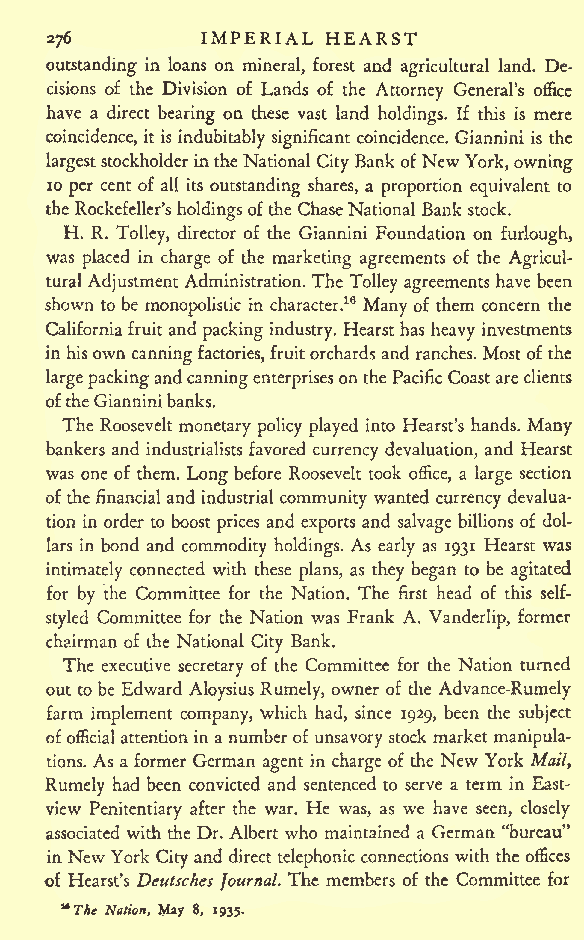
IMPERIAL HEARST
 276
 outstanding in loans on mineral, forest and agricultural land. De-
 cisions of the Division of Lands of the Attorney General's office
 have a direct bearing on these vast land holdings. If this is mere
 coincidence, it is indubitably significant coincidence. Giannini is the
 largeststockholderintheNational City BankofNew York,owning
 10 per cent of all its outstanding shares, a proportion equivalent to
 the Rockefeller'sholdingsofthe ChaseNational Bank stock.
 H. R. Tolley, director of the Giannini Foundation on furlough,
 was placed in charge of the marketing agreements of the Agricul-
 turalAdjustmentAdministration.The Tolley agreements have been
 shown to be monopolistic m character.16 Many of them concern the
 Californiafruit and packing industry. Hearst has heavy investments
 inhisown canningfactories, fruitorchards and ranches. Most of the
 largepackingandcanningenterprisesonthePacificCoastareclients
 oftheGianninibanks.
 The Roosevelt monetary policy played into Hearst's hands. Many
 bankers and industrialists favored currency devaluation, and Hearst
 was one of them. Long before Roosevelt took office, a large section
 ofthe financial and industrial community wanted currency devalua-
 tion in order to boost prices and exports and salvage billions of dol-
 lars in bond and commodity holdings. As early as 1931 Hearst was
 intimately connected with these plans, as they began to be agitated
 for by the Committee for the Nation. The first head of this self-
 styled Committee for the Nation was Frank A. Vanderlip, former
 chairman of the National City Bank.
 The executive secretary of the Committee for the Nation turned
 out to be Edward Aloysius Rumely, owner of the Advance-Rumely
 farm implement company, which had, since 1929, been the subject
 ofofficial attentionina numberof unsavory stock market manipula-
 tions. As a former German agent in charge of the New York Mail y
 Rumely had been convicted and sentenced to serve a term in East-
 view Penitentiary after the war. He was, as we have seen, closely
 associated with the Dr. Albert who maintained a German "bureau"
 inNewYork City and direct telephonic connections with the offices
 of Hearst's Dcutsches Journal. The members of the Committee for
 *The Nation, May 8, 1935.